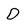
Character: D